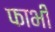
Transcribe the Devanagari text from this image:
फाभी